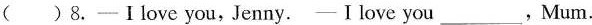
( )8. -Ⅰlove you, Jenny.— Ilove you___,Mum.